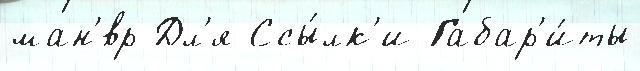
ман'́вр Дл'я Ссы́лк'и Габар'и́ты